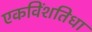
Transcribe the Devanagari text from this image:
एकविंशतिधा